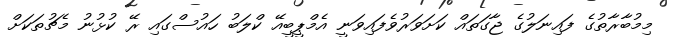
މިމުބާރާތުގެ ފައިނަލުގެ ޖާގަތައް ކަށަވަރުވެފައިވަނީ އެމްޕީބީއޭ ކްލަބު ހައުސްގައި ރޭ ކުޅުނު މެޗުތަކަށް